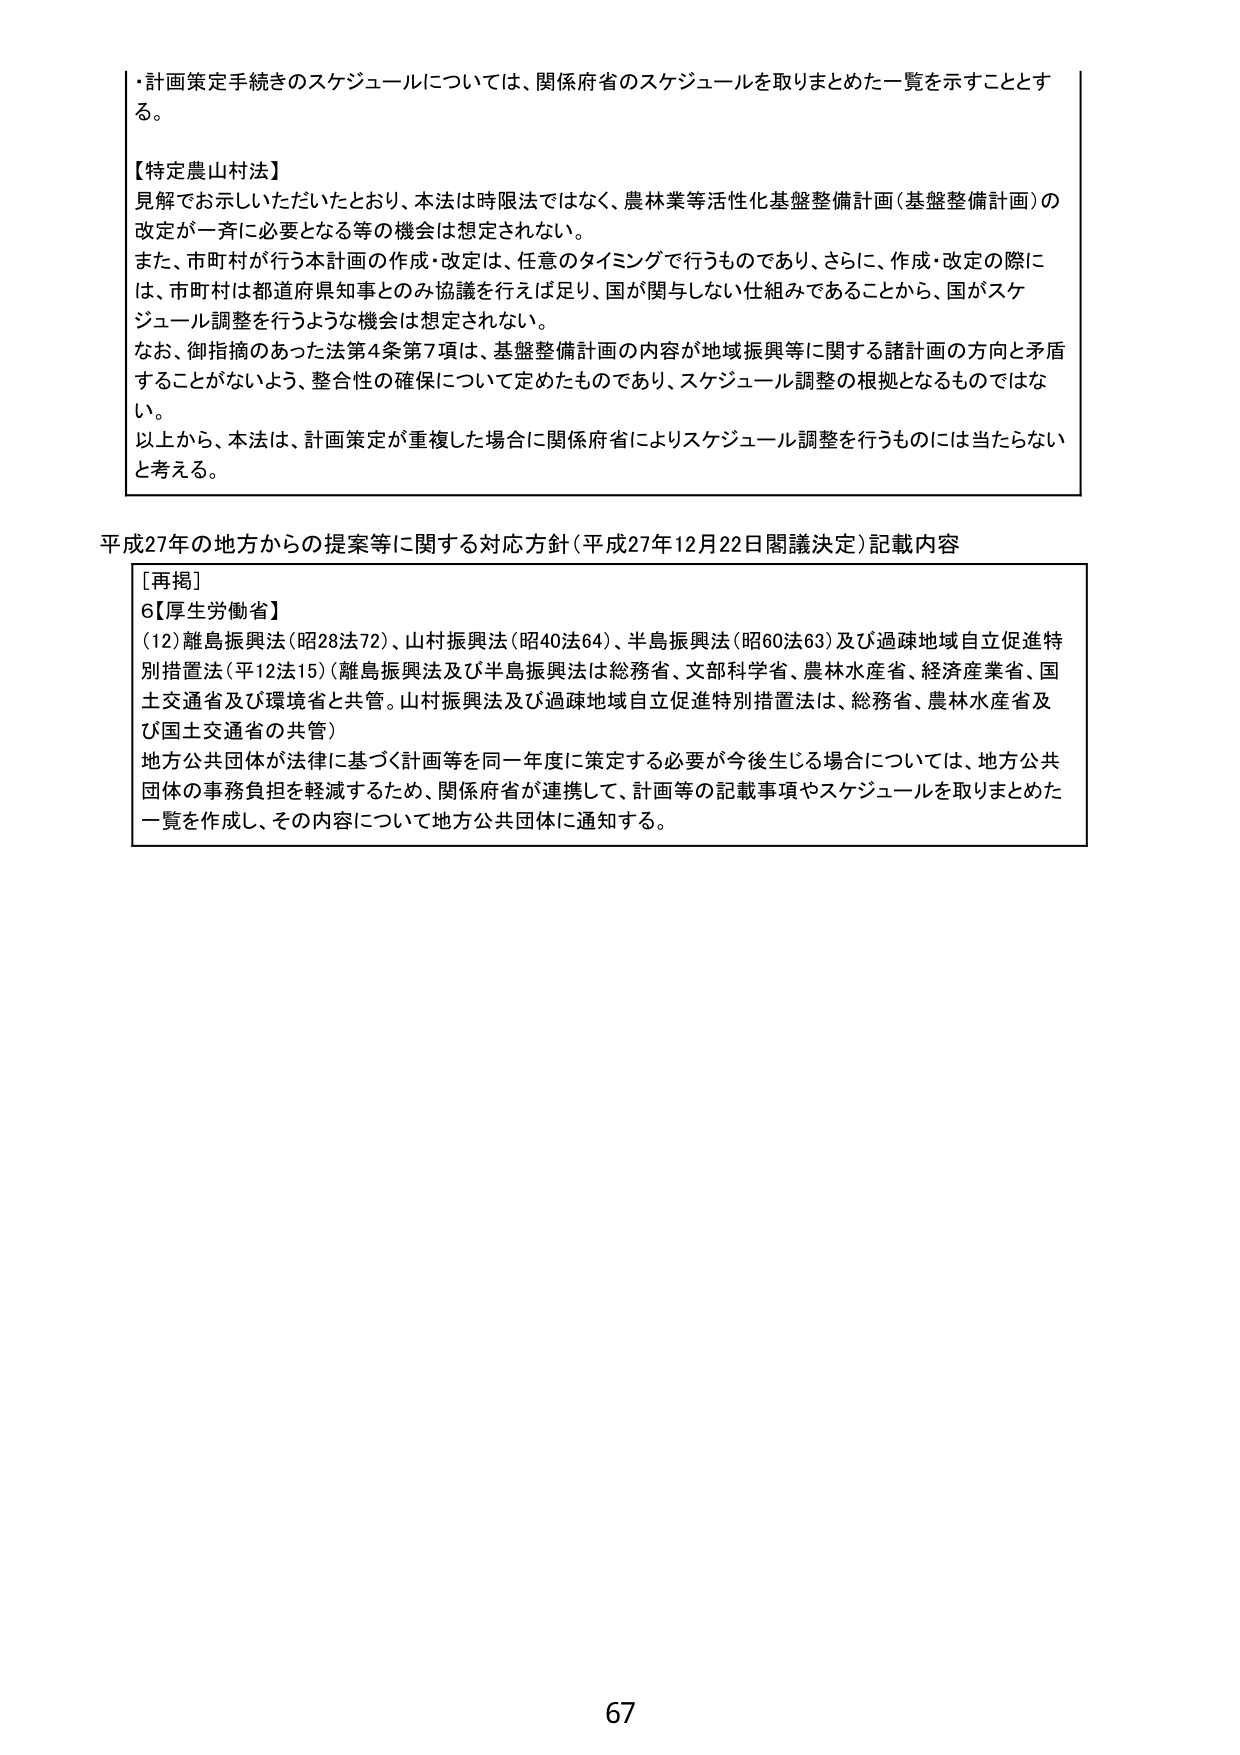
・計画策定手続きのスケジュールについては、関係府省のスケジュールを取りまとめた一覧を示すこととする。

【特定農山村法】
見解でお示しいただいたとおり、本法は時限法ではなく、農林業等活性化基盤整備計画（基盤整備計画）の改定が一斉に必要となる等の機会は想定されない。
また、市町村が行う本計画の作成・改定は、任意のタイミングで行うものであり、さらに、作成・改定の際には、市町村は都道府県知事とのみ協議を行えば足り、国が関与しない仕組みであることから、国がスケジュール調整を行うような機会は想定されない。
なお、御指摘のあった法第4条第7項は、基盤整備計画の内容が地域振興等に関する諸計画の方向と矛盾することがないよう、整合性の確保について定めたものであり、スケジュール調整の根拠となるものではない。
以上から、本法は、計画策定が重複した場合に関係府省によりスケジュール調整を行うものには当たらないと考える。

平成27年の地方からの提案等に関する対応方針（平成27年12月22日閣議決定）記載内容

［再掲］
6【厚生労働省】
（12）離島振興法（昭28法72）、山村振興法（昭40法64）、半島振興法（昭60法63）及び過疎地域自立促進特別措置法（平12法15）（離島振興法及び半島振興法は総務省、文部科学省、農林水産省、経済産業省、国土交通省及び環境省と共管。山村振興法及び過疎地域自立促進特別措置法は、総務省、農林水産省及び国土交通省の共管）
地方公共団体が法律に基づく計画等を同一年度に策定する必要が今後生じる場合については、地方公共団体の事務負担を軽減するため、関係府省が連携して、計画等の記載事項やスケジュールを取りまとめた一覧を作成し、その内容について地方公共団体に通知する。

67